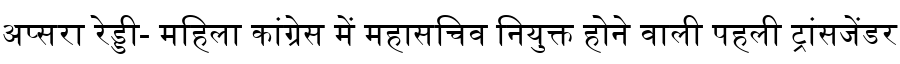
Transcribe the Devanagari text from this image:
अप्सरा रेड्डी- महिला कांग्रेस में महासचिव नियुक्त होने वाली पहली ट्रांसजेंडर